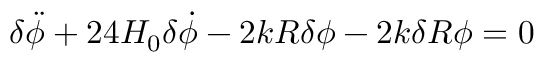
{ \delta } \ddot { \phi } + 2 4 H _ { 0 } { \delta } \dot { \phi } - 2 k R { \delta } { \phi } - 2 k { \delta } R { \phi } = 0